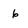
Character: 6